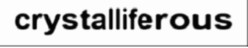
crystalliferous